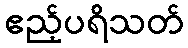
ဧည့်ပရိသတ်